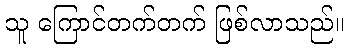
သူ ကြောင်တက်တက် ဖြစ်လာသည်။